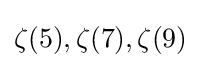
\zeta (5),\zeta (7),\zeta (9)